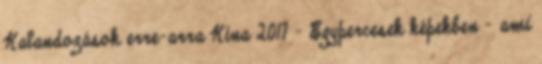
Kalandozások erre-arra Kína 2017 – Egypercesek képekben – ami